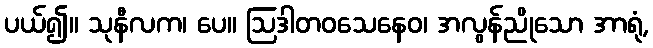
ပယ်၍။ သုနီလက၊ ပေ။ ဩဒါတဝသေနေဝ၊ အလွန်ညိုသော အာရုံ,